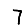
Digit: 7